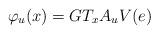
LaTeX: \begin{align*}\varphi_u(x) = GT_xA_uV(e)\end{align*}